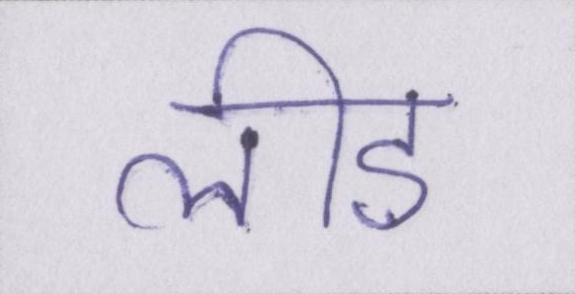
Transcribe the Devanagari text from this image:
लीड